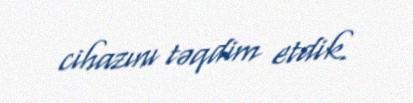
cihazını təqdim etdik.